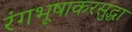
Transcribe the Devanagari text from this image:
रंगभूषाकरसुद्धा